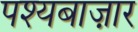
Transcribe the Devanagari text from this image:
पश्यबाज़ार